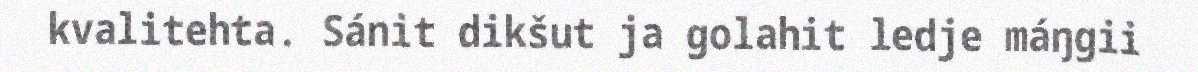
kvalitehta. Sánit dikšut ja golahit ledje máŋgii